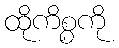
ထိုကိစ္စကို